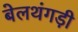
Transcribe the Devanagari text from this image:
बेलथंगड़ी